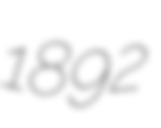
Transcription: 1892